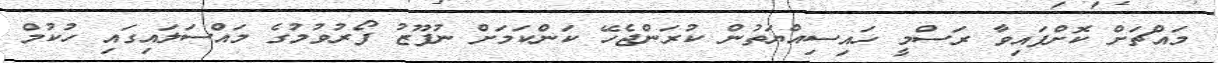
މައްޗަށް ކޮށްފައިވާ ރަސްމީ ހައިސިއްޔަތުން ކުރަންޖެހޭ ކަންކަމަށް ނުފޫޒު ފޯރުވުމުގެ މައްސަލައިގައި ހުކުމް